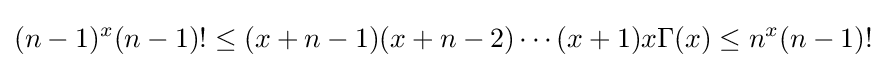
(n-1)^{x}(n-1)!\leq (x+n-1)(x+n-2)\cdots (x+1)x\Gamma (x)\leq n^{x}(n-1)!